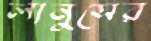
লানুসের